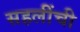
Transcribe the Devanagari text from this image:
सहलींची